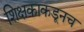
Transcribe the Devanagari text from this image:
शिक्षकाकडूनच